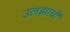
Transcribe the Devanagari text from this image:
उलझावों